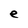
Character: e